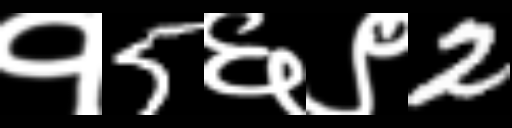
Text: १5६९2